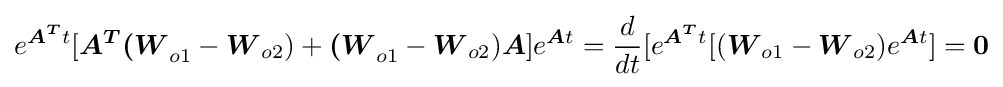
e^{{\boldsymbol {A^{T}}}t}[{\boldsymbol {A^{T}}}{\boldsymbol {(W}}_{o1}-{\boldsymbol {W}}_{o2})+{\boldsymbol {(W}}_{o1}-{\boldsymbol {W}}_{o2}){\boldsymbol {A}}]e^{{\boldsymbol {A}}t}={\frac {d}{dt}}[e^{{\boldsymbol {A^{T}}}t}[({\boldsymbol {W}}_{o1}-{\boldsymbol {W}}_{o2})e^{{\boldsymbol {A}}t}]={\boldsymbol {0}}